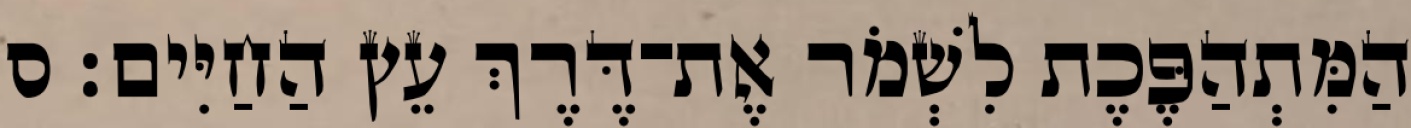
הַמִּתְהַפֶּכֶת לִשְׁמֹר אֶת־דֶּרֶךְ עֵץ הַחַיִּים׃ ס